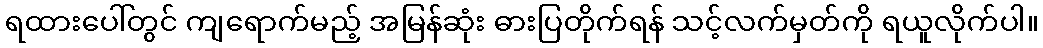
ရထားပေါ်တွင် ကျရောက်မည့် အမြန်ဆုံး ဓားပြတိုက်ရန် သင့်လက်မှတ်ကို ရယူလိုက်ပါ။